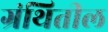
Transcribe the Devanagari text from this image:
ग्रंथितील